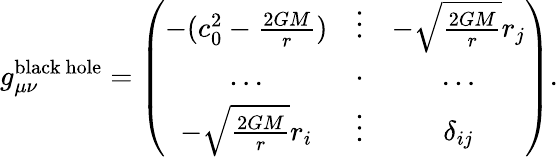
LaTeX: g_{\mu\nu}^{\mathrm{black~hole}}=\left(\begin{array}{ccc}{-(c_{0}^{2}-\frac{2GM}{r})}&{\vdots}&{-\sqrt{\frac{2GM}{r}}{r_{j}}}\\ {\ldots}&{\cdot}&{\ldots}\\ {-\sqrt{\frac{2GM}{r}}{r_{i}}}&{\vdots}&{\delta_{ij}}\end{array}\right).